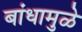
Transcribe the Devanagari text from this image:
बांधामुळे